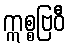
ဣစ္စဗြဝီ